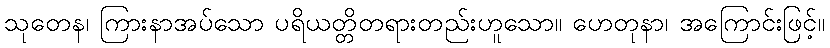
သုတေန၊ ကြားနာအပ်သော ပရိယတ္တိတရားတည်းဟူသော။ ဟေတုနာ၊ အကြောင်းဖြင့်။